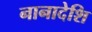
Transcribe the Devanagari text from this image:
नानादेशि